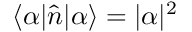
\langle \alpha | \hat { n } | \alpha \rangle = | \alpha | ^ { 2 }